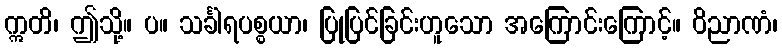
ဣတိ၊ ဤသို့။ ပ။ သင်္ခါရပစ္စယာ၊ ပြုပြင်ခြင်းဟူသော အကြောင်းကြောင့်။ ဝိညာဏံ၊